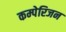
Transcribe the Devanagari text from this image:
कम्पेरिजन